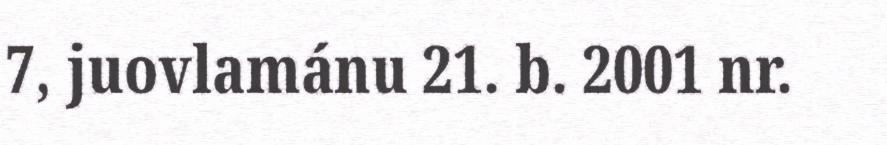
7, juovlamánu 21. b. 2001 nr.